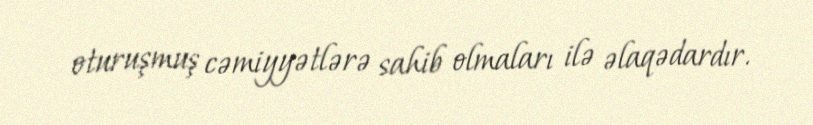
oturuşmuş cəmiyyətlərə sahib olmaları ilə əlaqədardır.